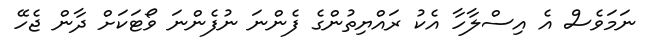
ނަމަވެސް އެ އިސްލާހާ އެކު ރައްޔިތުންގެ ފެންނަ ނުފެންނަ ވޯޓަކަށް ދާން ޖެހޭ